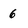
Character: 6